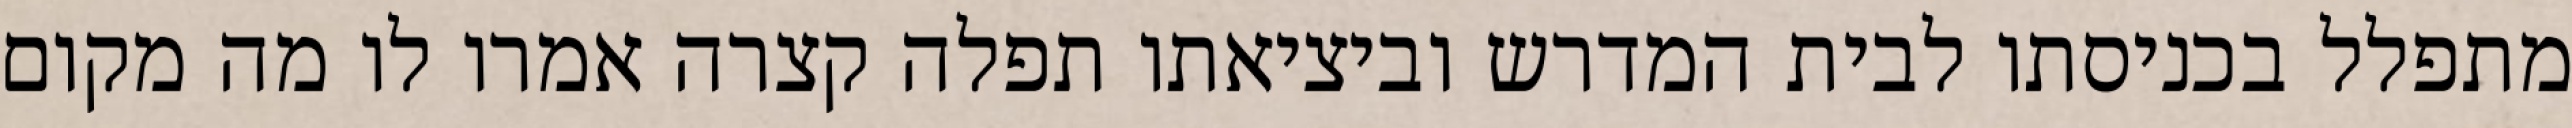
מתפלל בכניסתו לבית המדרש וביציאתו תפלה קצרה אמרו לו מה מקום